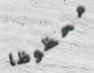
محظوظا